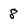
Character: 8